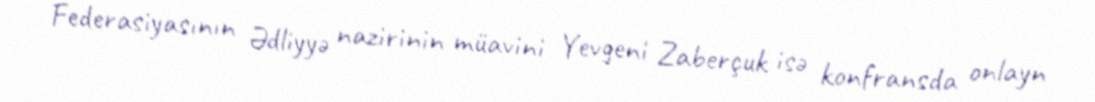
Federasiyasının Ədliyyə nazirinin müavini Yevgeni Zaberçuk isə konfransda onlayn